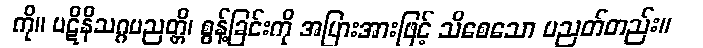
ကို။ ပဋိနိသဂ္ဂပညတ္တိ၊ စွန့်ခြင်းကို အပြားအားဖြင့် သိစေသော ပညတ်တည်း။